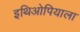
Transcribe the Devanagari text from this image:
इथिओपियाला